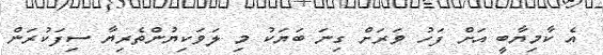
އެ ކާމިޔާބީ އަށް ފަހު ވަރަށް ގިނަ ބަޔަކު މި ލަވަކިޔުންތެރިޔާ ސިފަކުރަން